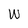
Character: W